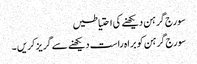
سورج گرہن دیکھنے کی احتیاطیں
سورج گرہن کو براہ راست دیکھنے سے گریز کریں ۔